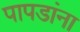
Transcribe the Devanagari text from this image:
पापडांना